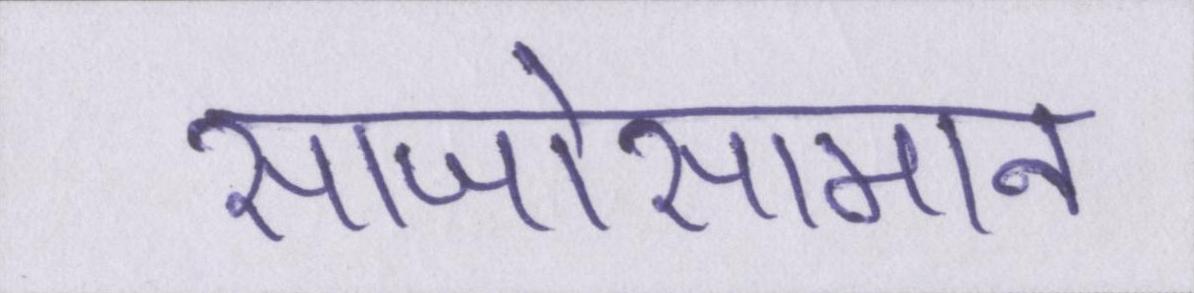
साजोसामान